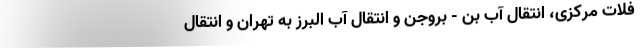
فلات مرکزی، انتقال آب بن - بروجن و انتقال آب البرز به تهران و انتقال